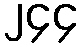
၂၄၄